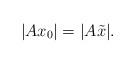
LaTeX: \begin{align*}|Ax_0|=|A\tilde{x}|.\end{align*}